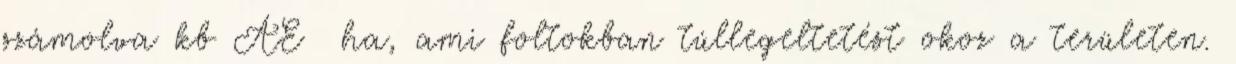
számolva kb ÁE ha, ami foltokban túllegeltetést okoz a területen.